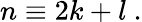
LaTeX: n\equiv 2k+l~.